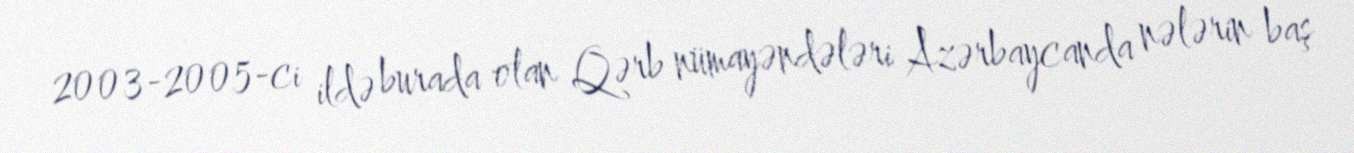
2003-2005-ci ildə burada olan Qərb nümayəndələri Azərbaycanda nələrin baş